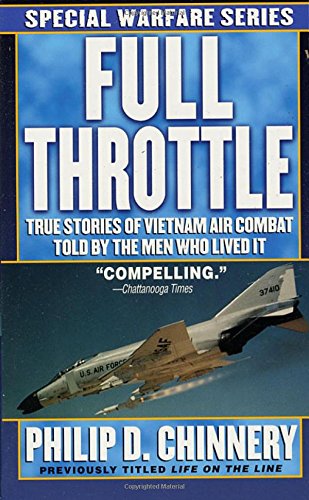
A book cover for Full Throttle: True Stories of Vietnam Air Combat Told by the Men Who Lived It; Philip D. Chinnery; Travel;